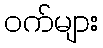
ဝက်များ